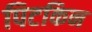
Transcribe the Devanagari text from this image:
पिटकिन